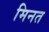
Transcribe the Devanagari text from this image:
मिनत